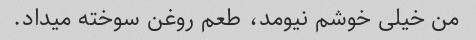
من خیلی خوشم نیومد، طعم روغن سوخته میداد.